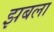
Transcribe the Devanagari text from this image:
झबला